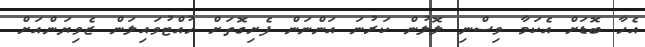
އެހާ ބޮޑަށް އެކަމާ ވިސްނި ލޮލުން ކަރުނަ އަންނަން ފެށިގޮތަށް ހުއްޓުވައިލަން ޒެވިޔަންއަށް